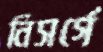
নিসর্গে